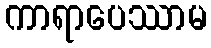
ကာရာပေဿာမ